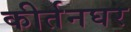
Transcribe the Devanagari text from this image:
कीर्तनघर